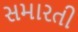
સમારતી